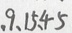
、 9 、 1 5 、 4 5